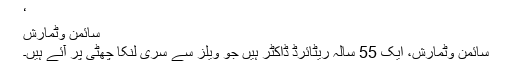
‘
سائمن وٹمارش
سائمن وٹمارش، ایک 55 سالہ ریٹائرڈ ڈاکٹر ہیں جو ویلز سے سری لنکا چھٹی پر آئے ہیں۔